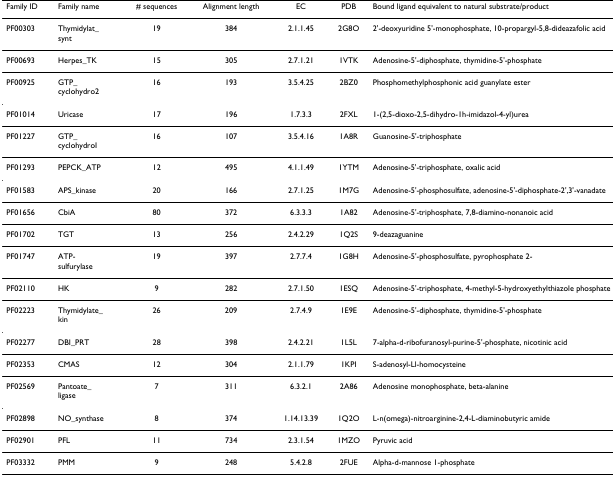
<table><thead><tr><td><b>Family ID</b></td><td><b>Family name</b></td><td><b># sequences</b></td><td><b>Alignment length</b></td><td><b>EC</b></td><td><b>PDB</b></td><td><b>Bound ligand equivalent to natural substrate/product</b></td></tr></thead><tbody><tr><td>PF00303</td><td>Thymidylat_synt</td><td>19</td><td>384</td><td>2.1.1.45</td><td>2G8O</td><td>2&#x27;-deoxyuridine 5&#x27;-monophosphate, 10-propargyl-5,8-dideazafolic acid</td></tr><tr><td>PF00693</td><td>Herpes_TK</td><td>15</td><td>305</td><td>2.7.1.21</td><td>1VTK</td><td>Adenosine-5&#x27;-diphosphate, thymidine-5&#x27;-phosphate</td></tr><tr><td>PF00925</td><td>GTP_cyclohydro2</td><td>16</td><td>193</td><td>3.5.4.25</td><td>2BZ0</td><td>Phosphomethylphosphonic acid guanylate ester</td></tr><tr><td>PF01014</td><td>Uricase</td><td>17</td><td>196</td><td>1.7.3.3</td><td>2FXL</td><td>1-(2,5-dioxo-2,5-dihydro-1h-imidazol-4-yl)urea</td></tr><tr><td>PF01227</td><td>GTP_cyclohydroI</td><td>16</td><td>107</td><td>3.5.4.16</td><td>1A8R</td><td>Guanosine-5&#x27;-triphosphate</td></tr><tr><td>PF01293</td><td>PEPCK_ATP</td><td>12</td><td>495</td><td>4.1.1.49</td><td>1YTM</td><td>Adenosine-5&#x27;-triphosphate, oxalic acid</td></tr><tr><td>PF01583</td><td>APS_kinase</td><td>20</td><td>166</td><td>2.7.1.25</td><td>1M7G</td><td>Adenosine-5&#x27;-phosphosulfate, adenosine-5&#x27;-diphosphate-2&#x27;,3&#x27;-vanadate</td></tr><tr><td>PF01656</td><td>CbiA</td><td>80</td><td>372</td><td>6.3.3.3</td><td>1A82</td><td>Adenosine-5&#x27;-triphosphate, 7,8-diamino-nonanoic acid</td></tr><tr><td>PF01702</td><td>TGT</td><td>13</td><td>256</td><td>2.4.2.29</td><td>1Q2S</td><td>9-deazaguanine</td></tr><tr><td>PF01747</td><td>ATP-sulfurylase</td><td>19</td><td>397</td><td>2.7.7.4</td><td>1G8H</td><td>Adenosine-5&#x27;-phosphosulfate, pyrophosphate 2-</td></tr><tr><td>PF02110</td><td>HK</td><td>9</td><td>282</td><td>2.7.1.50</td><td>1ESQ</td><td>Adenosine-5&#x27;-triphosphate, 4-methyl-5-hydroxyethylthiazole phosphate</td></tr><tr><td>PF02223</td><td>Thymidylate_kin</td><td>26</td><td>209</td><td>2.7.4.9</td><td>1E9E</td><td>Adenosine-5&#x27;-diphosphate, thymidine-5&#x27;-phosphate</td></tr><tr><td>PF02277</td><td>DBI_PRT</td><td>28</td><td>398</td><td>2.4.2.21</td><td>1L5L</td><td>7-alpha-d-ribofuranosyl-purine-5&#x27;-phosphate, nicotinic acid</td></tr><tr><td>PF02353</td><td>CMAS</td><td>12</td><td>304</td><td>2.1.1.79</td><td>1KPI</td><td>S-adenosyl-Ll-homocysteine</td></tr><tr><td>PF02569</td><td>Pantoate_ligase</td><td>7</td><td>311</td><td>6.3.2.1</td><td>2A86</td><td>Adenosine monophosphate, beta-alanine</td></tr><tr><td>PF02898</td><td>NO_synthase</td><td>8</td><td>374</td><td>1.14.13.39</td><td>1Q2O</td><td>L-n(omega)-nitroarginine-2,4-L-diaminobutyric amide</td></tr><tr><td>PF02901</td><td>PFL</td><td>11</td><td>734</td><td>2.3.1.54</td><td>1MZO</td><td>Pyruvic acid</td></tr><tr><td>PF03332</td><td>PMM</td><td>9</td><td>248</td><td>5.4.2.8</td><td>2FUE</td><td>Alpha-d-mannose 1-phosphate</td></tr></tbody></table>